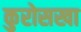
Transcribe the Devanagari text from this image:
कुरोसखा